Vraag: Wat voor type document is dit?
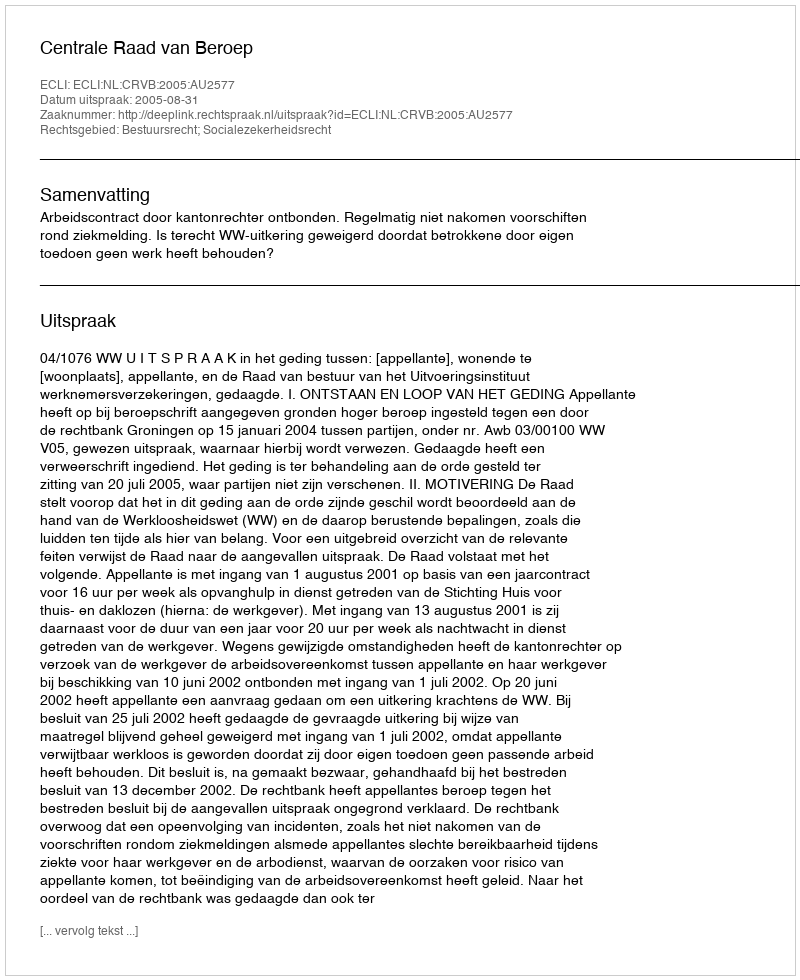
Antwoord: Uitspraak